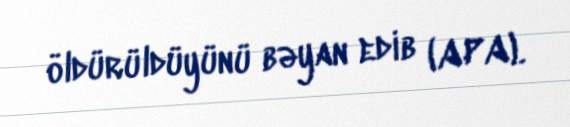
öldürüldüyünü bəyan edib (APA).